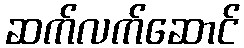
ဆက်လက်ဆောင်